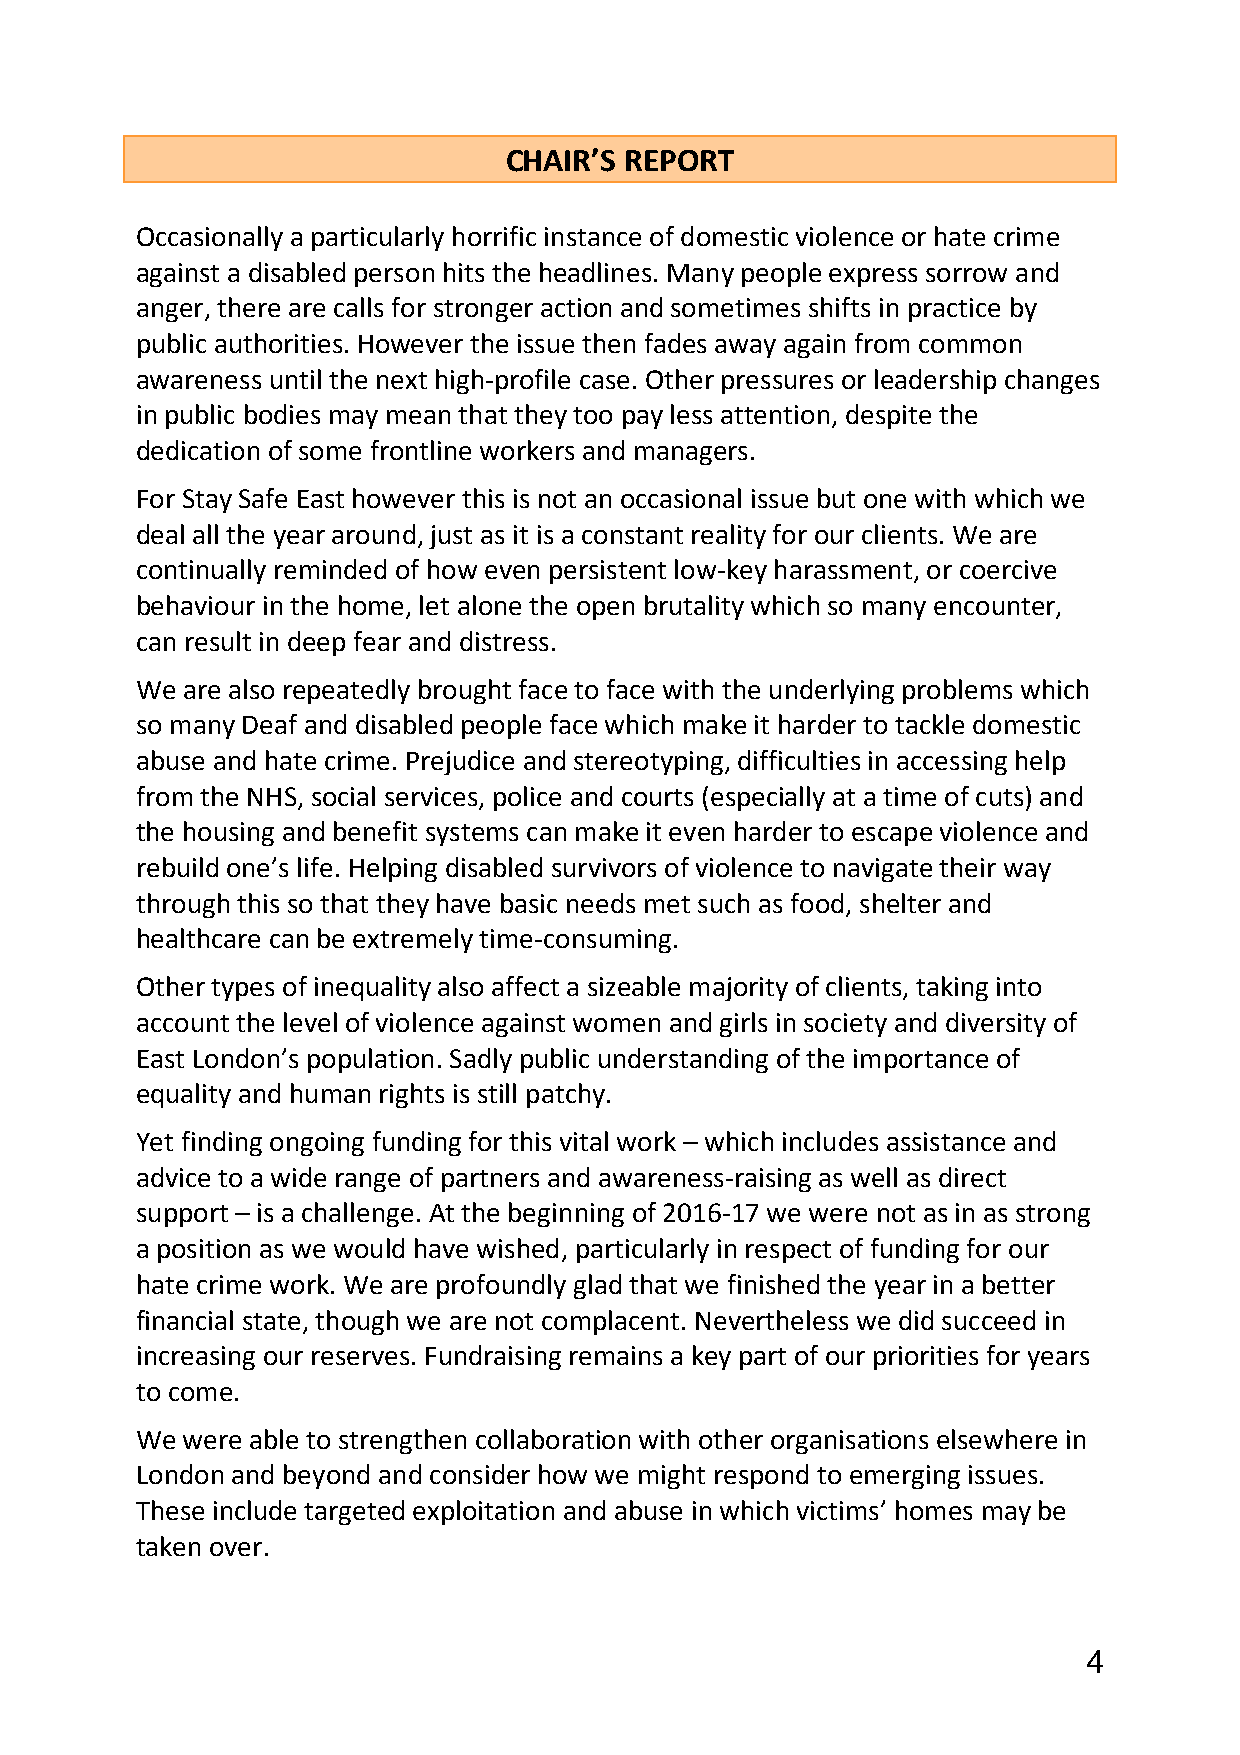
CHAIR’S REPORT
 Occasionally a particularly horrific instance of domestic violence or hate crime
 against a disabled person hits the headlines. Many people express sorrow and
 anger, there are calls for stronger action and sometimes shifts in practice by
 public authorities. However the issue then fades away again from common
 awareness until the next high-profile case. Other pressures or leadership changes
 in public bodies may mean that they too pay less attention, despite the
 dedication of some frontline workers and managers.
 For Stay Safe East however this is not an occasional issue but one with which we
 deal all the year around, just as it is a constant reality for our clients. We are
 continually reminded of how even persistent low-key harassment, or coercive
 behaviour in the home, let alone the open brutality which so many encounter,
 can result in deep fear and distress.
 We are also repeatedly brought face to face with the underlying problems which
 so many Deaf and disabled people face which make it harder to tackle domestic
 abuse and hate crime. Prejudice and stereotyping, difficulties in accessing help
 from the NHS, social services, police and courts (especially at a time of cuts) and
 the housing and benefit systems can make it even harder to escape violence and
 rebuild one’s life. Helping disabled survivors of violence to navigate their way
 through this so that they have basic needs met such as food, shelter and
 healthcare can be extremely time-consuming.
 Other types of inequality also affect a sizeable majority of clients, taking into
 account the level of violence against women and girls in society and diversity of
 East London’s population. Sadly public understanding of the importance of
 equality and human rights is still patchy.
 Yet finding ongoing funding for this vital work – which includes assistance and
 advice to a wide range of partners and awareness-raising as well as direct
 support – is a challenge. At the beginning of 2016-17 we were not as in as strong
 a position as we would have wished, particularly in respect of funding for our
 hate crime work. We are profoundly glad that we finished the year in a better
 financial state, though we are not complacent. Nevertheless we did succeed in
 increasing our reserves. Fundraising remains a key part of our priorities for years
 to come.
 We were able to strengthen collaboration with other organisations elsewhere in
 London and beyond and consider how we might respond to emerging issues.
 These include targeted exploitation and abuse in which victims’ homes may be
 taken over.
 4